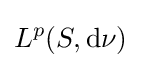
L^{p}(S,\mathrm {d} \nu )